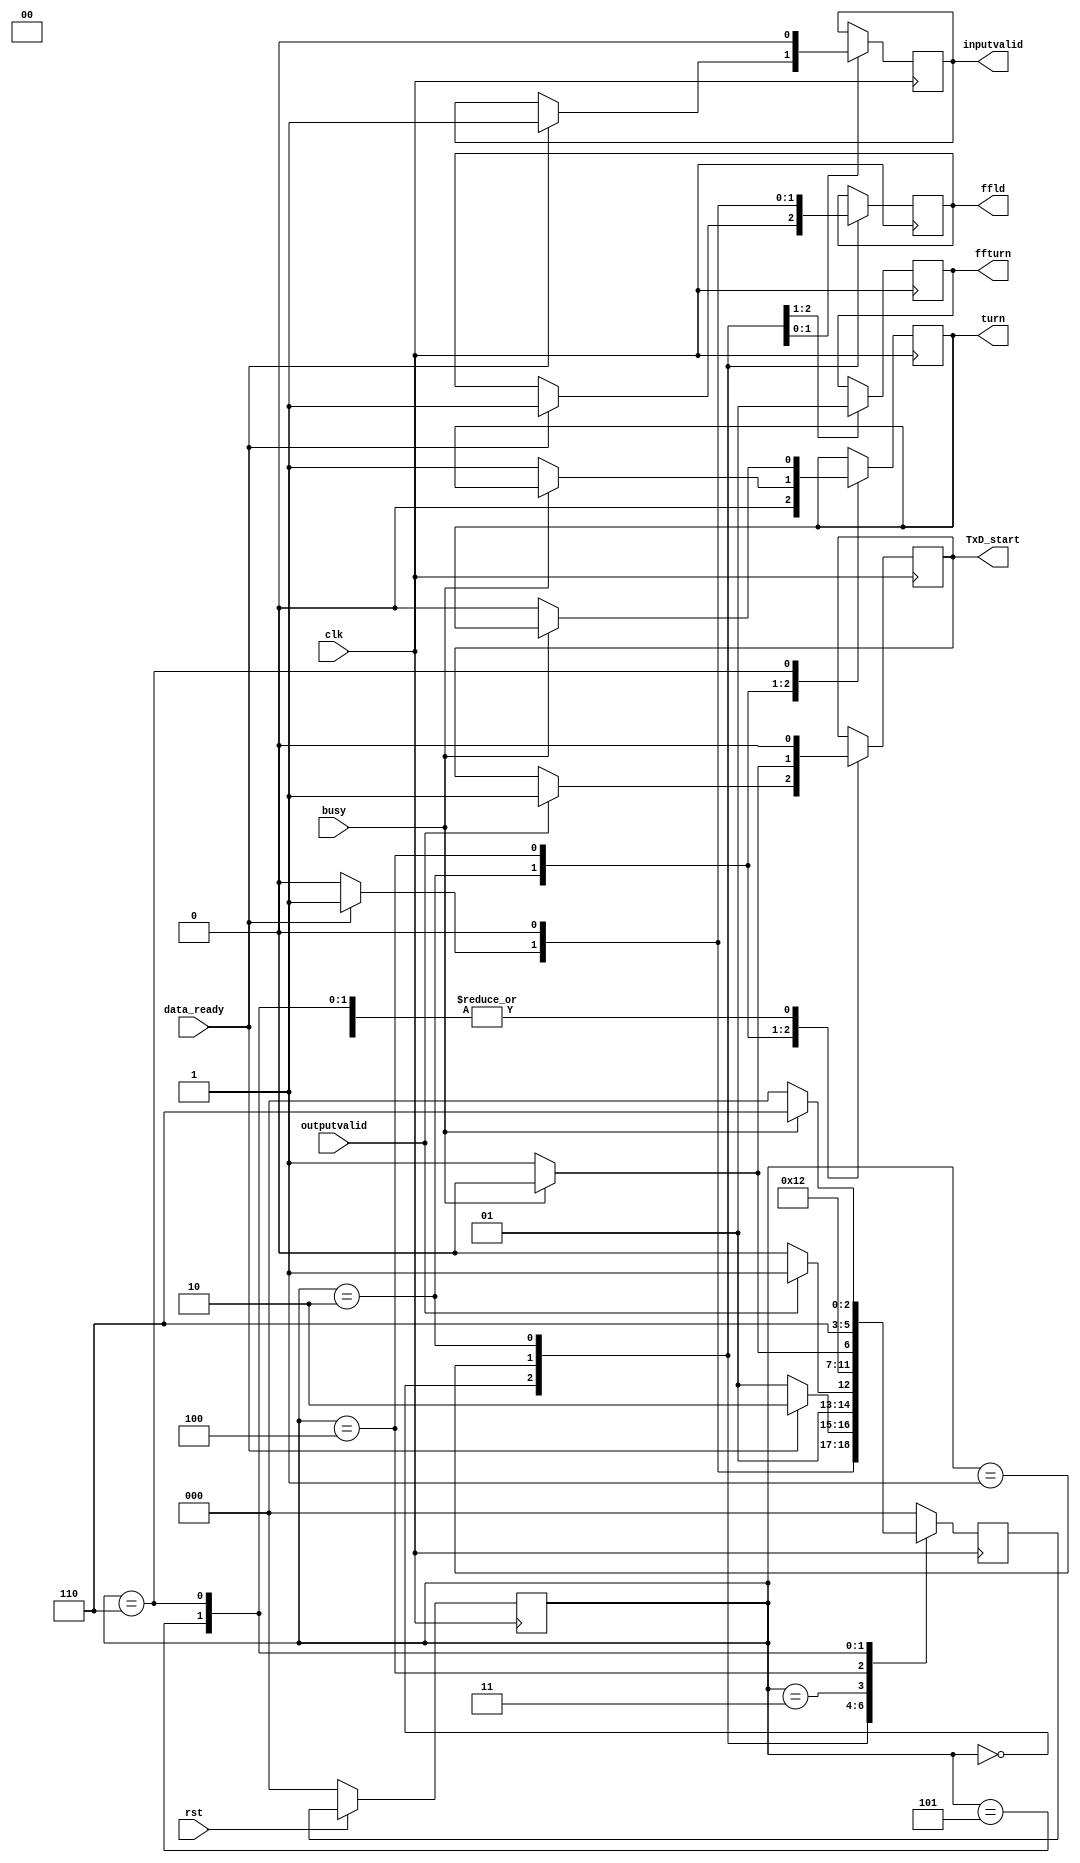
module TOP_controller(clk , rst , data_ready , inputvalid , outputvalid , TxD_start , busy ,turn , ffld , ffturn);

input data_ready , outputvalid , busy , rst , clk;
output reg inputvalid , TxD_start , ffturn , ffld;
output reg turn;

localparam START = 3'b000;
localparam WAITFORNEXT = 3'b001;
localparam INVALIDDATA = 3'b010;
localparam LAZYTX = 3'b011;
localparam ISBUSY = 3'b100;
localparam LAZYTX2 = 3'b101;
localparam ISBUSY2 = 3'b110;

localparam FIRST = 1'b0;
localparam SEC = 1'b1;

reg [2:0] curr;
reg [2:0] next;

initial begin
	curr = START;
	next = START;
	inputvalid = 0;
	TxD_start = 0;
	turn = FIRST;
	ffld = 0;
	ffturn = 0;
end
always@(posedge clk)begin
	if(!rst)
		curr = START;
	else
		curr = next;
end

always@(negedge clk)begin
	case(curr)
		START: begin
			ffturn = 0;
			if(data_ready)begin
				ffld = 1;
				next = WAITFORNEXT;
			end
			else
				next = START;
		end
		WAITFORNEXT:begin
			ffld = 0;
			ffturn = 1;
			if(data_ready)begin
				ffld = 1;
				inputvalid = 1;
				next = INVALIDDATA;
			end
			else
				next = WAITFORNEXT;
		end
		INVALIDDATA: begin
		  ffld = 0;
		  turn = FIRST;
			inputvalid = 0;
			if(outputvalid)begin
				TxD_start = 1;
				next = LAZYTX;
			end
			else
				next = INVALIDDATA;
		end
		LAZYTX:begin
		  TxD_start = 0;
		  next = ISBUSY;
		end
		ISBUSY: begin
			TxD_start = 0;
			if(busy)
				next = ISBUSY;
			else begin
				TxD_start = 1;
				turn = SEC;
				next = LAZYTX2;
			end
		end
		LAZYTX2: begin
		  TxD_start = 0;
		  next = ISBUSY2;
		end
		ISBUSY2: begin
			TxD_start = 0;
			if(busy)
				next = ISBUSY2;
			else begin
				turn = FIRST;
				next = START;
			end
		end
		default: begin
			next = START;
		end
	endcase
	end
endmodule